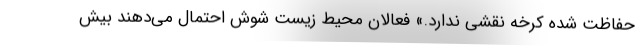
حفاظت شده کرخه نقشی ندارد.» فعالان محیط زیست شوش احتمال می‌دهند بیش